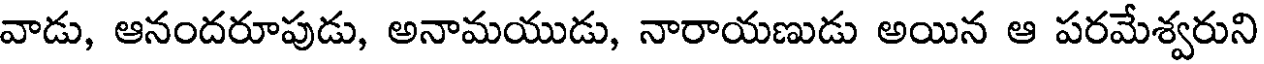
వాడు, ఆనందరూపుడు, అనామయుడు, నారాయణుడు అయిన ఆ పరమేశ్వరుని